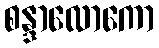
စန္ဒာလောကော